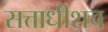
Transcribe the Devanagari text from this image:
सत्ताधीशच